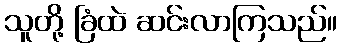
သူတို့ ခြံထဲ ဆင်းလာကြသည်။